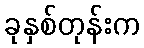
ခုနှစ်တုန်းက